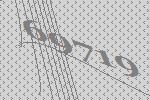
69719